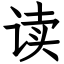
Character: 读